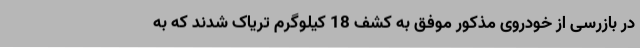
در بازرسی از خودروی مذکور موفق به کشف 18 کیلوگرم تریاک شدند که به